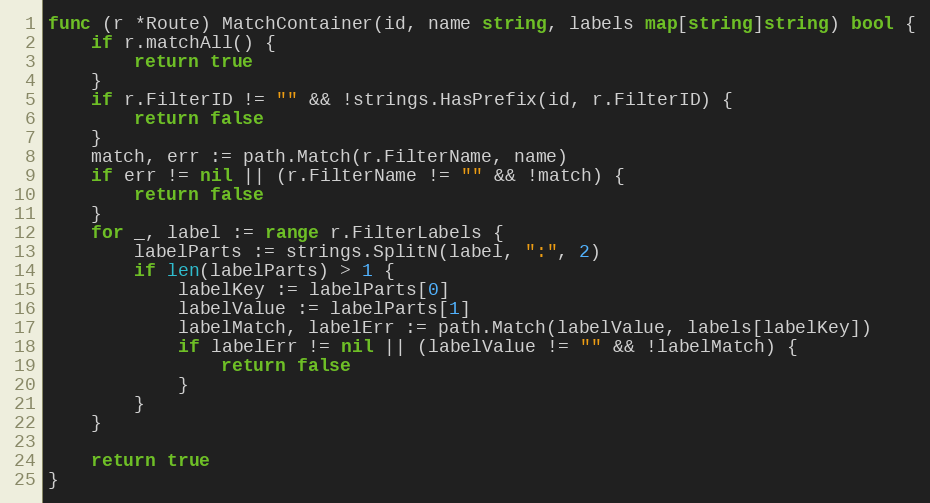
Language: Go
func (r *Route) MatchContainer(id, name string, labels map[string]string) bool {
	if r.matchAll() {
		return true
	}
	if r.FilterID != "" && !strings.HasPrefix(id, r.FilterID) {
		return false
	}
	match, err := path.Match(r.FilterName, name)
	if err != nil || (r.FilterName != "" && !match) {
		return false
	}
	for _, label := range r.FilterLabels {
		labelParts := strings.SplitN(label, ":", 2)
		if len(labelParts) > 1 {
			labelKey := labelParts[0]
			labelValue := labelParts[1]
			labelMatch, labelErr := path.Match(labelValue, labels[labelKey])
			if labelErr != nil || (labelValue != "" && !labelMatch) {
				return false
			}
		}
	}

	return true
}